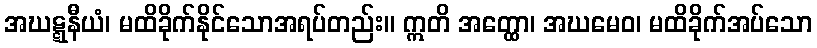
အဃဋ္ဋနီယံ၊ မထိခိုက်နိုင်သောအရပ်တည်း။ ဣတိ အတ္ထော၊ အဃမေဝ၊ မထိခိုက်အပ်သော